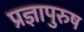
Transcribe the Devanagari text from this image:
प्रज्ञापुरुष